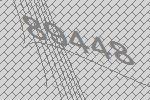
89448